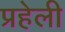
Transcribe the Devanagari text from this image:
प्रहेली